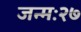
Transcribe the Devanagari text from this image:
जन्मः२७